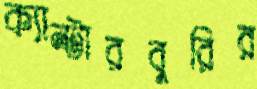
ক্যান্টারবুরির